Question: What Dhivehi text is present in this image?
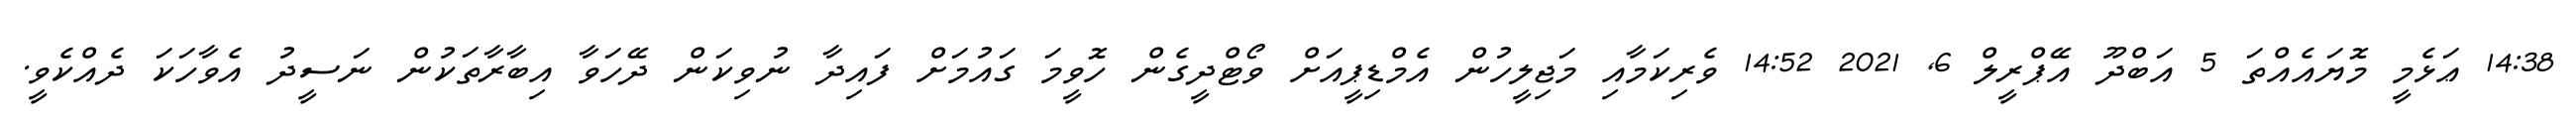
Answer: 14:38 ޢަޅެމީ މޮޔައެއްތަ 5 އަބްދޫ އޭޕްރީލް 6, 2021 14:52 ވެރިކަމާއި މަޖިލީހުން އެމްޑިޕީއަށް ވޯޓްދީގެން ހޮވީމަ ގައުމަށް ފައިދާ ނުވިކަން ދޭހަވާ އިބާރާތަކުން ނަސީދު އެވާހަކަ ދެއްކެވީ.